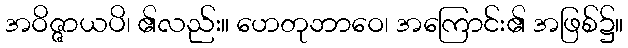
အဝိဇ္ဇာယပိ၊ ၏လည်း။ ဟေတုဘာဝေ၊ အကြောင်း၏ အဖြစ်၌။